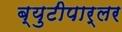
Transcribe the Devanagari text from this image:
ब्युटीपार्लर